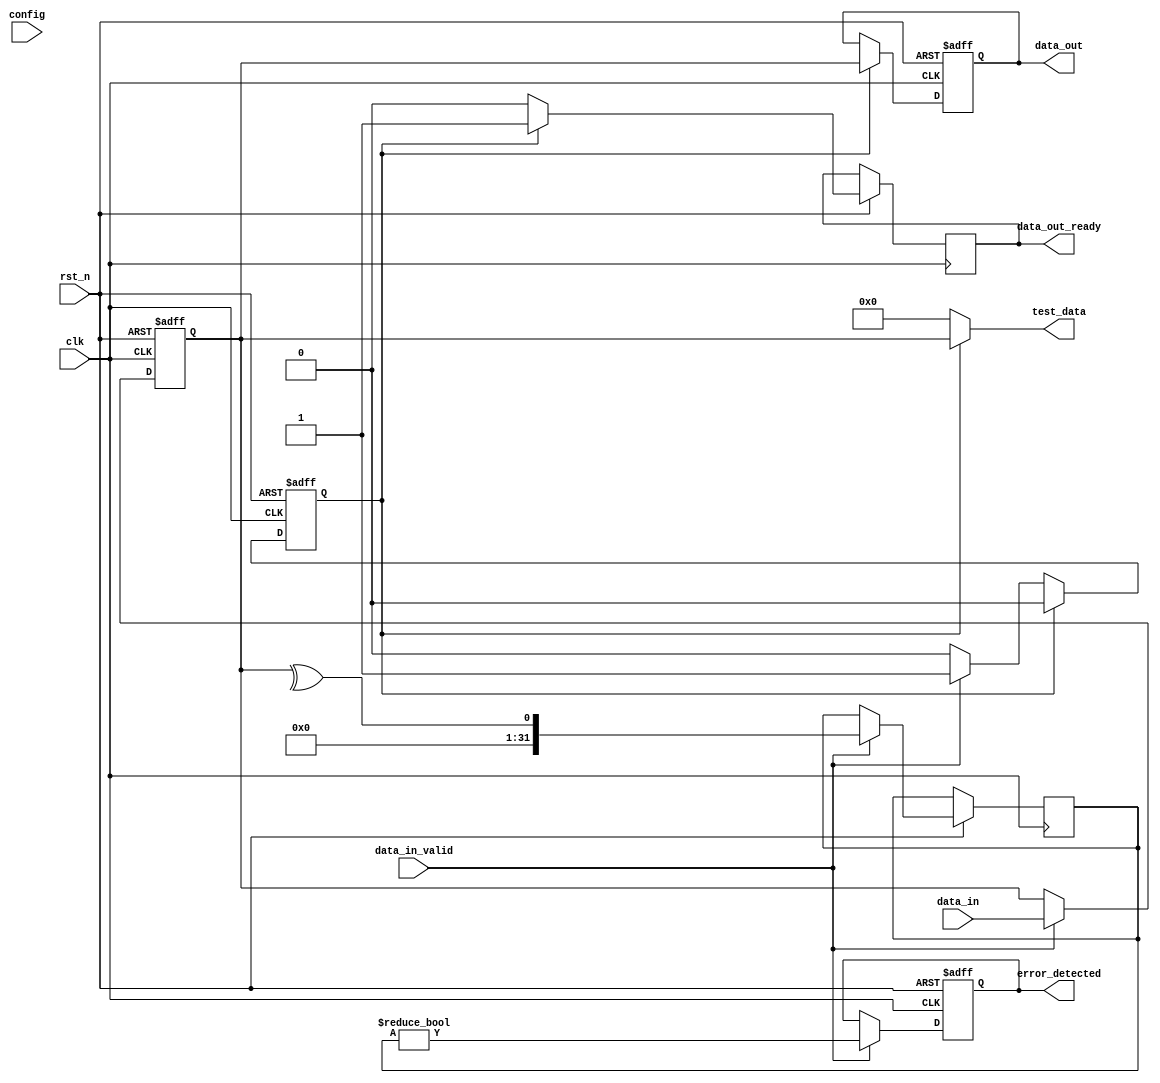
module gDDR3_IO_Block (
    input wire clk,                // Clock input
    input wire rst_n,              // Active low reset signal
    input wire [31:0] data_in,     // 32-bit data input
    output reg [31:0] data_out,     // 32-bit data output
    input wire data_in_valid,       // Data input valid signal
    output reg data_out_ready,      // Data output ready signal
    output reg error_detected,      // Error detection signal
    input wire [1:0] config,        // Configuration input
    output wire [31:0] test_data    // Test access point output
);

    // Parameters for I/O buffer strength and slew rate
    parameter BUFFER_STRENGTH = 2'b10; // Example buffer strength
    parameter SLEW_RATE = 2'b01;        // Example slew rate control

    // Internal signals
    reg [31:0] data_buffer;            // Buffer for data
    reg data_ready;                    // Internal flag for data ready
    reg [31:0] error_check;            // Error checking register

    // Input buffer handling
    always @(posedge clk or negedge rst_n) begin
        if (!rst_n) begin
            data_buffer <= 32'b0;
            data_out <= 32'b0;
            data_ready <= 1'b0;
            error_detected <= 1'b0;
        end else begin
            if (data_in_valid) begin
                data_buffer <= data_in; // Capture valid input data
                data_ready <= 1'b1;      // Set data ready flag
                // Simple error detection example (parity check)
                error_check <= ^data_buffer; // Compute parity
                error_detected <= (error_check != 1'b0); // Error if parity is odd
            end
            
            if (data_ready) begin
                data_out <= data_buffer; // Output the buffered data
                data_out_ready <= 1'b1;   // Indicate data is ready to be read
                data_ready <= 1'b0;       // Reset data ready flag
            end else begin
                data_out_ready <= 1'b0;   // Clear output ready if not ready
            end
        end
    end

    // Configuration handling (simplified)
    always @(posedge clk or negedge rst_n) begin
        if (!rst_n) begin
            // Initialize configuration settings
        end else begin
            // Configure I/O block based on input config
            case (config)
                2'b00: ; // Default configuration
                2'b01: ; // Configuration option 1
                2'b10: ; // Configuration option 2
                2'b11: ; // Configuration option 3
                default: ; // Handle unexpected config
            endcase
        end
    end

    // Test access point output (loopback for testing)
    assign test_data = data_ready ? data_buffer : 32'b0;

endmodule